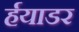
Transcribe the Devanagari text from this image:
र्हयाडर